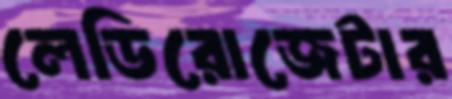
লেডিরোজেটার